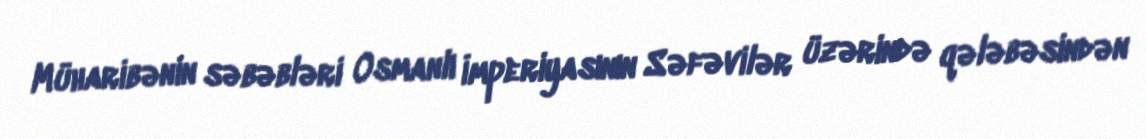
Müharibənin səbəbləri Osmanlı İmperiyasının Səfəvilər üzərində qələbəsindən